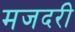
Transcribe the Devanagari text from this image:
मजदरी